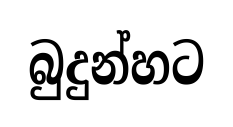
බුදුන්හට